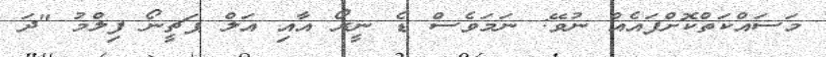
މަސައްކަތްކޮށްފައެއް ނުވޭ: ނަމަވެސް ޑެ ނީރޯ އާއި އަލް ޕަޗީނޯ ފިލްމު "ދަ